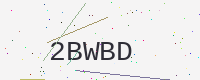
Text: 2BWBD